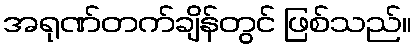
အရုဏ်တက်ချိန်တွင် ဖြစ်သည်။